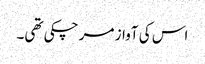
اس کی آواز مر چکی تھی۔